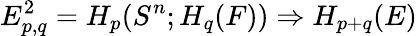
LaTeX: E_{p,q}^{2}=H_{p}(S^{n};H_{q}(F))\Rightarrow H_{p+q}(E)